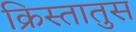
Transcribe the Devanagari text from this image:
क्रिस्‍तातुस